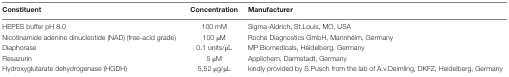
<table><thead><tr><td><b>Constituent</b></td><td><b>Concentration</b></td><td><b>Manufacturer</b></td></tr></thead><tbody><tr><td>HEPES buffer pH 8.0</td><td>100 mM</td><td>Sigma-Aldrich, St.Louis, MO, USA</td></tr><tr><td>Nicotinamide adenine dinucleotide (NAD) (free-acid grade)</td><td>100 μM</td><td>Roche Diagnostics GmbH, Mannheim, Germany</td></tr><tr><td>Diaphorase</td><td>0.1 units/μL</td><td>MP Biomedicals, Heidelberg, Germany</td></tr><tr><td>Resazurin</td><td>5 μM</td><td>Applichem, Darmstadt, Germany</td></tr><tr><td>Hydroxyglutarate dehydrogenase (HGDH)</td><td>5.52 μg/μL</td><td>kindly provided by S.Pusch from the lab of A.v.Deimling, DKFZ, Heidelberg, Germany</td></tr></tbody></table>